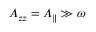
A _ { z z } = A _ { \parallel } \gg \omega